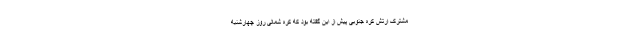
مشترک ارتش کره جنوبی پیش از این گفته بود که کره شمالی روز چهارشنبه